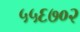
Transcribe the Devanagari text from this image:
५५६७०२